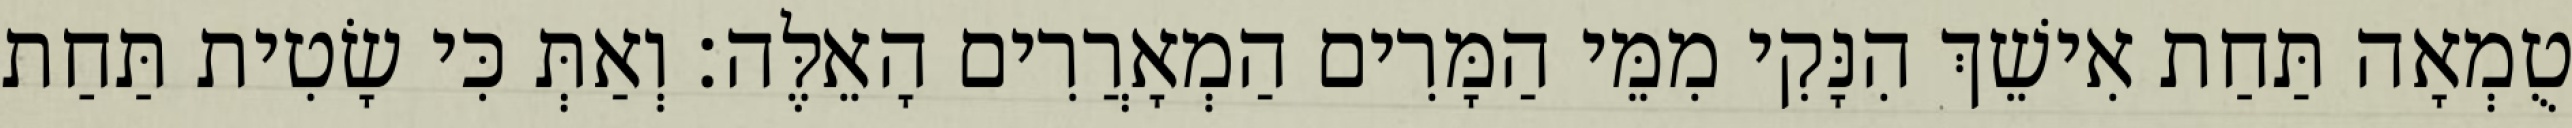
טֻמְאָה תַּחַת אִישֵׁךְ הִנָּקִי מִמֵּי הַמָּרִים הַמְאָרֲרִים הָאֵלֶּה׃ וְאַתְּ כִּי שָׂטִית תַּחַת